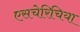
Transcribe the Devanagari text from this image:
एसचेरिचिया